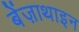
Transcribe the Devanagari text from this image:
बेंज़ाथाइन